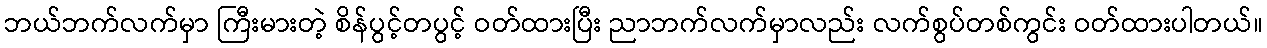
ဘယ်ဘက်လက်မှာ ကြီးမားတဲ့ စိန်ပွင့်တပွင့် ဝတ်ထားပြီး ညာဘက်လက်မှာလည်း လက်စွပ်တစ်ကွင်း ဝတ်ထားပါတယ်။